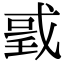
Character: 𢧌